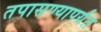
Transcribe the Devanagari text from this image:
तपासण्यापर्यंत